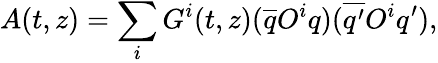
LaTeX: A(t,z)=\sum_{i}G^{i}(t,z)(\overline{{{q}}}O^{i}q)(\overline{{{q^{\prime}}}}O^{i}q^{\prime}),